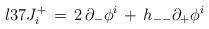
LaTeX: \begin{align*}\l{37}J^+_i\,=\,2\,\partial_- \phi^i\,+\,h_{--} \partial_+ \phi^i\end{align*}